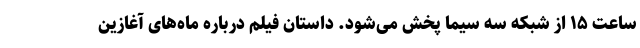
ساعت ۱۵ از شبکه سه سیما پخش می‌شود. داستان فیلم دربارهٔ ماه‌های آغازین